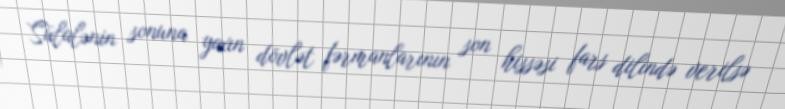
Sülalənin sonuna yaxın dövlət fərmanlarının son hissəsi fars dilində verilsə